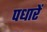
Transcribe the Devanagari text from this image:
पधारें